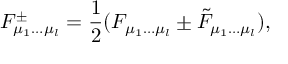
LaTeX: F _ { \mu _ { 1 } \ldots \mu _ { l } } ^ { \pm } = { \frac { 1 } { 2 } } ( F _ { \mu _ { 1 } \ldots \mu _ { l } } \pm \tilde { F } _ { \mu _ { 1 } \ldots \mu _ { l } } ) ,